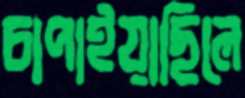
চাপাইয়াছিলে